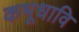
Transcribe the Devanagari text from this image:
कभूधावि